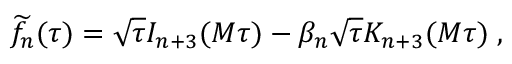
{ \widetilde f } _ { n } ( \tau ) = \sqrt { \tau } I _ { n + 3 } ( M \tau ) - \beta _ { n } \sqrt { \tau } K _ { n + 3 } ( M \tau ) \; ,